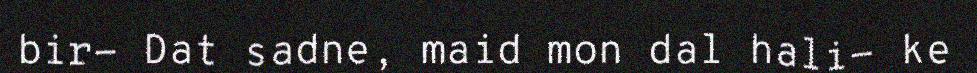
bir- Dat sadne, maid mon dal hali- ke